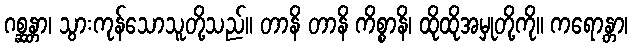
ဂစ္ဆန္တာ၊ သွားကုန်သောသူတို့သည်။ တာနိ တာနိ ကိစ္စာနိ၊ ထိုထိုအမှုတို့ကို။ ကရောန္တာ၊